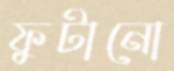
ফুটানো